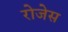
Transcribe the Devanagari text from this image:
रोजेस